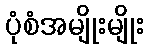
ပုံစံအမျိုးမျိုး